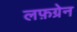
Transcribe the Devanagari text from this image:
लफ़ग्रेन